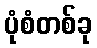
ပုံစံတစ်ခု